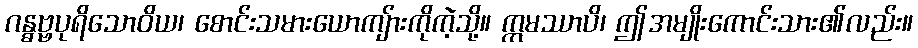
ဂန္ဓဗ္ဗပုရိသောဝိယ၊ စောင်းသမားယောကျ်ားကိုကဲ့သို့။ ဣမဿာပိ၊ ဤအမျိုးကောင်းသား၏လည်း။